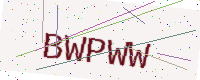
Text: BWPWW